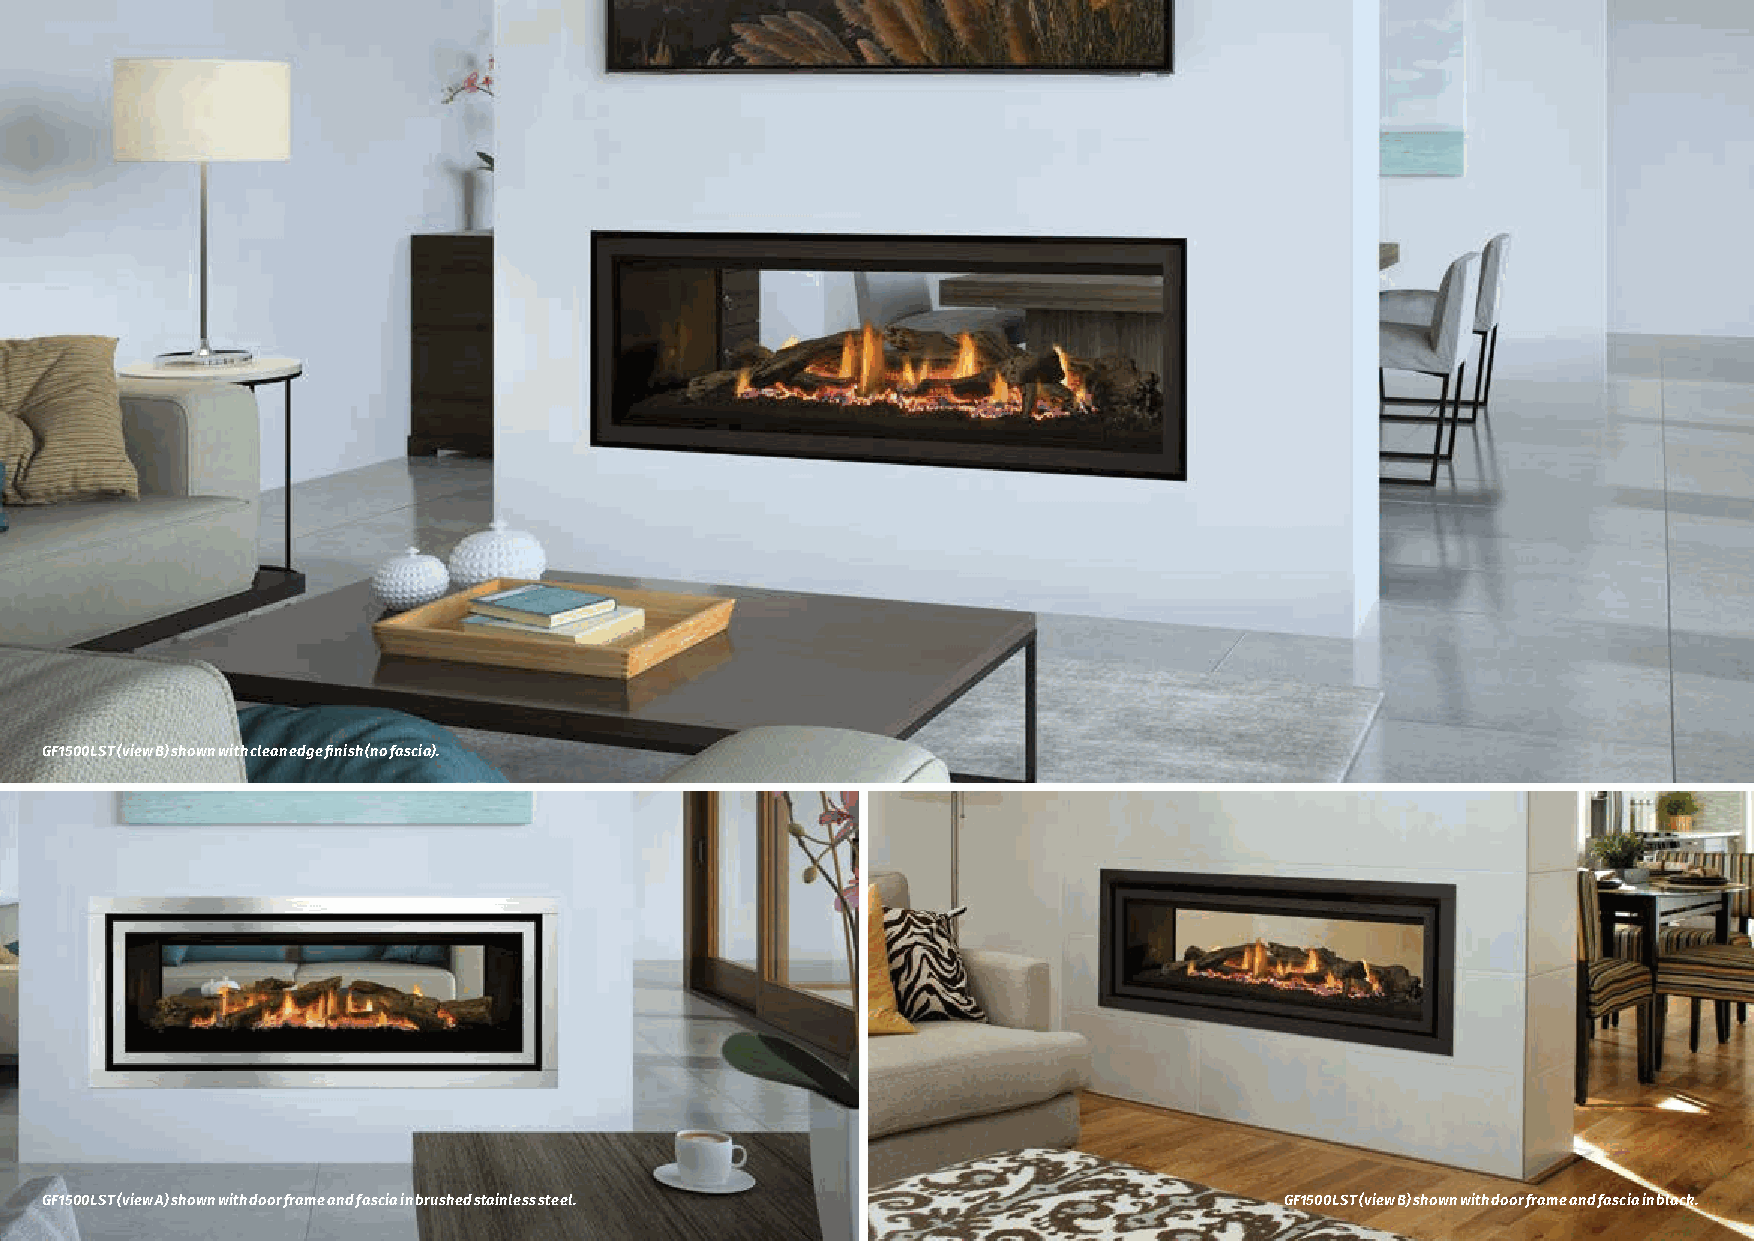
GF1500LST (view B) shown with clean edge finish (no fascia).
 11
 GF1500LST (view A) shown with door frame and fascia in brushed stainless steel.   GF1500LST (view B) shown with door frame and fascia in black.